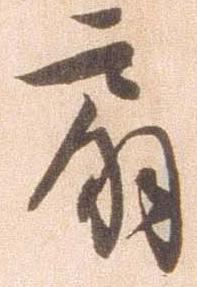
扇